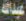
عبدالله